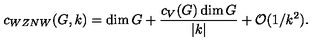
c _ { W Z N W } ( G , k ) = \dim G + { \frac { c _ { V } ( G ) \dim G } { | k | } } + { \cal O } ( 1 / k ^ { 2 } ) .